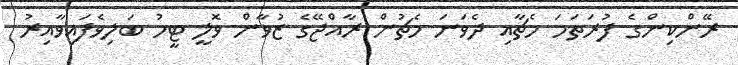
ރޭންކިންގެ ފުރަތަމަ މެޗާއި ދެވަނަ މެޗުން ރާއްޖޭގެ ޒުވާން ވޮލީ ޓީމު ބަލިވެފައިވާއިރު